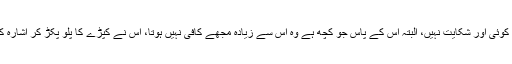
مجھے اس سے کوئی اور شکایت نہیں، البتہ اس کے پاس جو کچھ ہے وہ اس سے زیادہ مجھے کافی نہیں ہوتا، اس نے کپڑے کا پلو پکڑ کر اشارہ کرتے ہوئے کہا۔